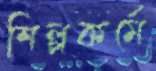
শিল্পকর্মে